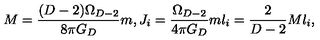
M = { \frac { ( D - 2 ) \Omega _ { D - 2 } } { 8 \pi G _ { D } } } m , J _ { i } = { \frac { \Omega _ { D - 2 } } { 4 \pi G _ { D } } } m l _ { i } = { \frac { 2 } { D - 2 } } M l _ { i } ,